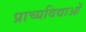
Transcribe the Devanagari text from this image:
प्राच्यविद्याओं